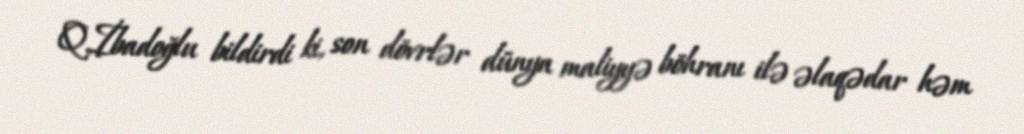
Q.İbadoğlu bildirdi ki, son dövrlər dünya maliyyə böhranı ilə əlaqədar həm